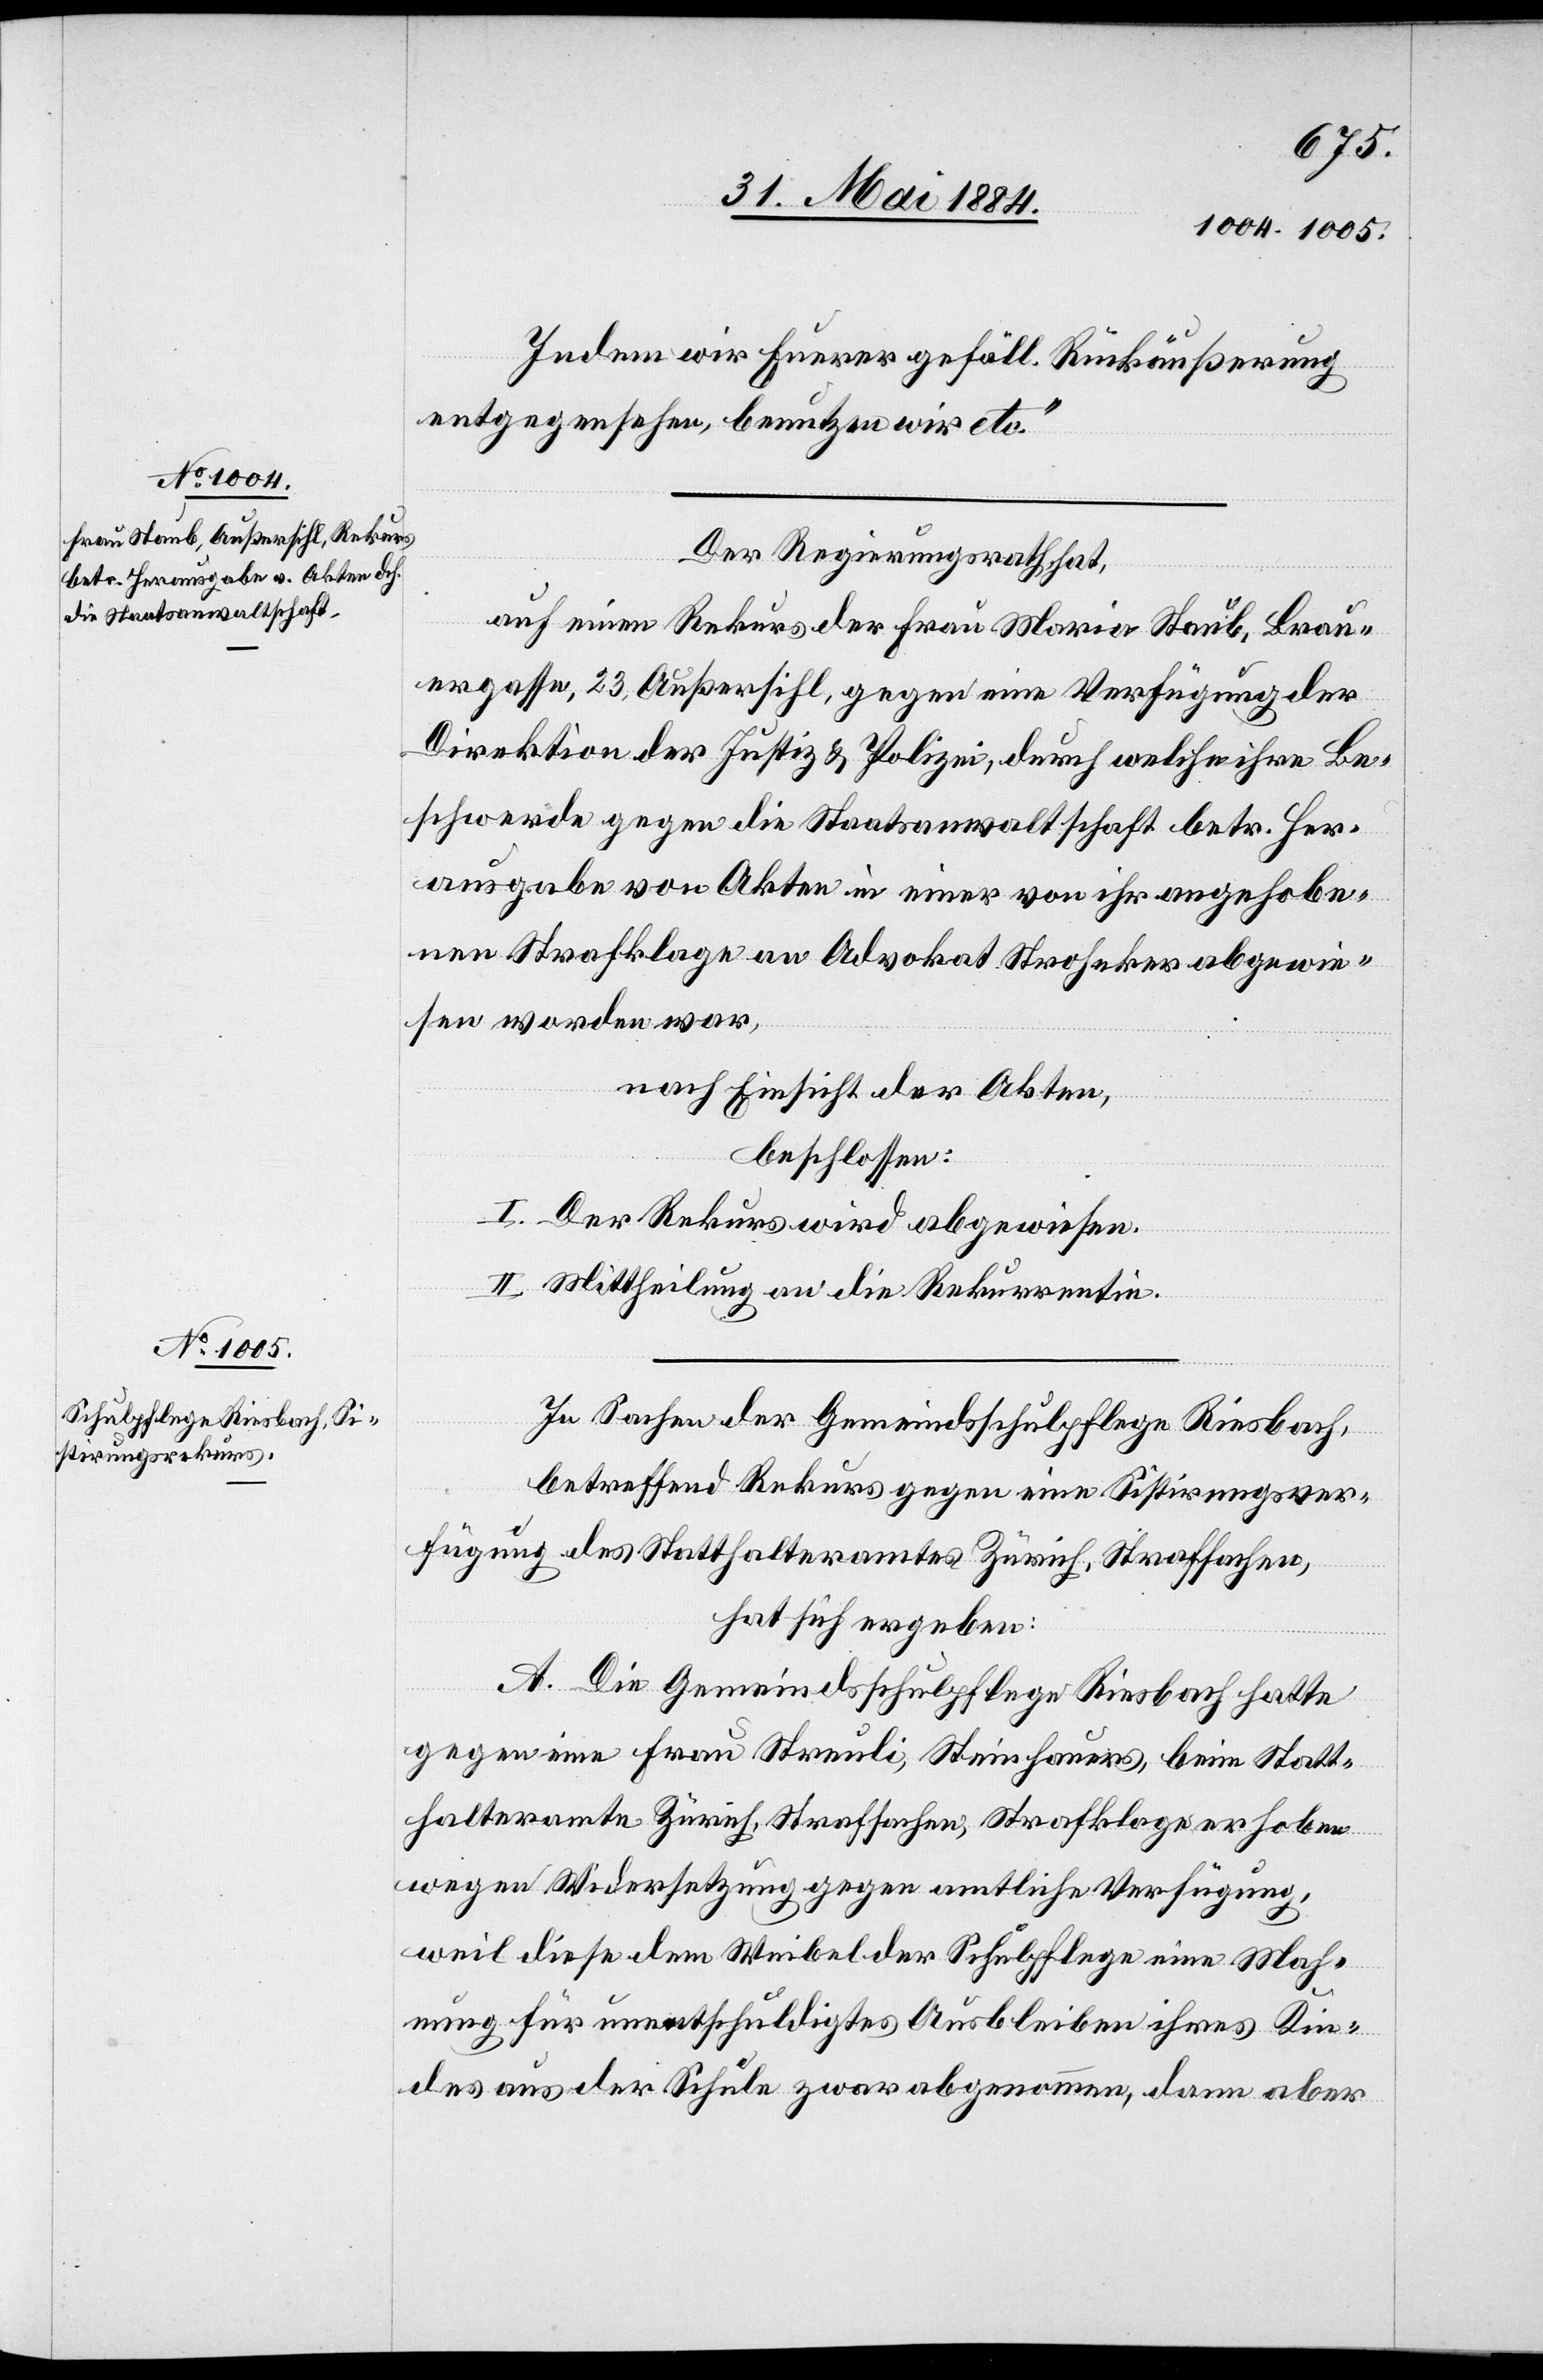
Indem wir Euerer gefäll. Rückäußerung
entgegensehen, benutzen wir etc.“
Der Regierungsrath hat,
auf einen Rekurs der Frau Maria Staub, Brau¬
ergasse, 23, Außersihl, gegen eine Verfügung der
Direktion der Justiz- & Polizei, durch welche ihre Be¬
schwerde gegen die Staatsanwaltschaft betr. Her¬
ausgabe von Akten in einer von ihr angehobe¬
nen Strafklage an Advokat Stroheker abgewie¬
sen worden war,
nach Einsicht der Akten,
beschlossen:
I. Der Rekurs wird abgewiesen.
II. Mittheilung an die Rekurrentin.
In Sachen der Gemeindsschulpflege Riesbach,
betreffend Rekurs gegen eine Sistirungsver¬
fügung des Statthalteramtes Zürich, Strafsachen,
hat sich ergeben:
A. Die Gemeindsschulpflege Riesbach hatte
gegen eine Frau Streuli, Steinhauers, beim Statt¬
halteramte Zürich, Strafsachen, Strafklage erhoben
wegen Widersetzung gegen amtliche Verfügung,
weil diese dem Weibel der Schulpflege eine Mah¬
nung für unentschuldigtes Ausbleiben ihres Kin¬
des aus der Schule zwar abgenommen, dann aber